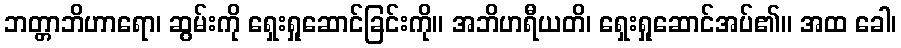
ဘတ္တာဘိဟာရော၊ ဆွမ်းကို ရှေးရှုဆောင်ခြင်းကို။ အဘိဟရီယတိ၊ ရှေးရှုဆောင်အပ်၏။ အထ ခေါ၊